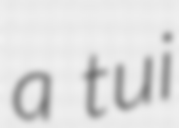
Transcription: a tui